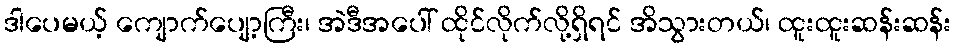
ဒါပေမယ့် ကျောက်ပျော့ကြီး၊ အဲဒီအပေါ် ထိုင်လိုက်လို့ရှိရင် အိသွားတယ်၊ ထူးထူးဆန်းဆန်း